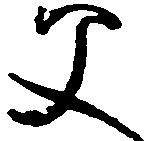
父